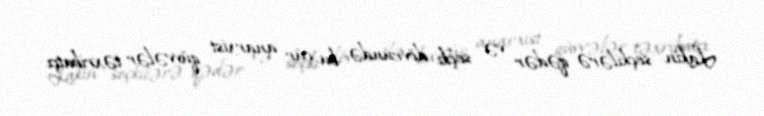
Lakin seçkilərə qədər və seçki dövründə bu cür anarxist qüvvələr təxribatçı